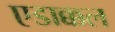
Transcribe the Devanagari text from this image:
एडाक्कल